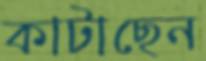
কাটাছেন